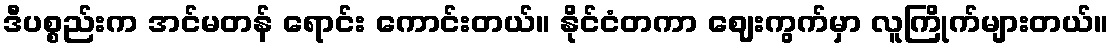
ဒီပစ္စည်းက အင်မတန် ရောင်း ကောင်းတယ်။ နိုင်ငံတကာ ဈေးကွက်မှာ လူကြိုက်များတယ်။